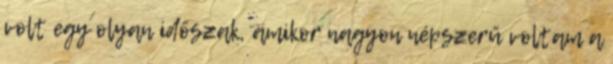
volt egy olyan időszak, amikor nagyon népszerű voltam a